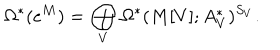
\Omega ^ { * } ( e ^ { M } ) = \bigoplus _ { V } \Omega ^ { * } ( M [ V ] ; A _ { V } ^ { * } ) ^ { S _ { V } } .